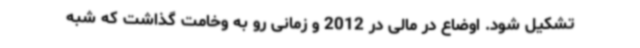
تشکیل شود. اوضاع در مالی در 2012 و زمانی رو به وخامت گذاشت که شبه